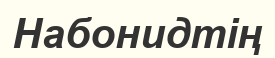
Набонидтің